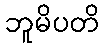
ဘူမိပတိ